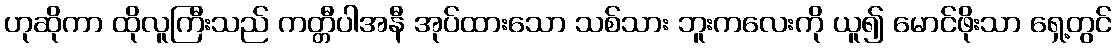
ဟုဆိုကာ ထိုလူကြီးသည် ကတ္တီပါအနီ အုပ်ထားသော သစ်သား ဘူးကလေးကို ယူ၍ မောင်ဖိုးသာ ရှေ့တွင်